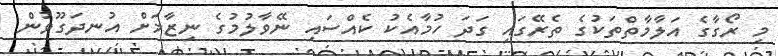
މި ރޯގާގެ އަލާމާތްތަކުގެ ތެރޭގައި ގަދަ ހުމާއެކު ކެއްސައި ނޭވާލުމުގެ ނިޒާމަށް އުނދަގޫވުން